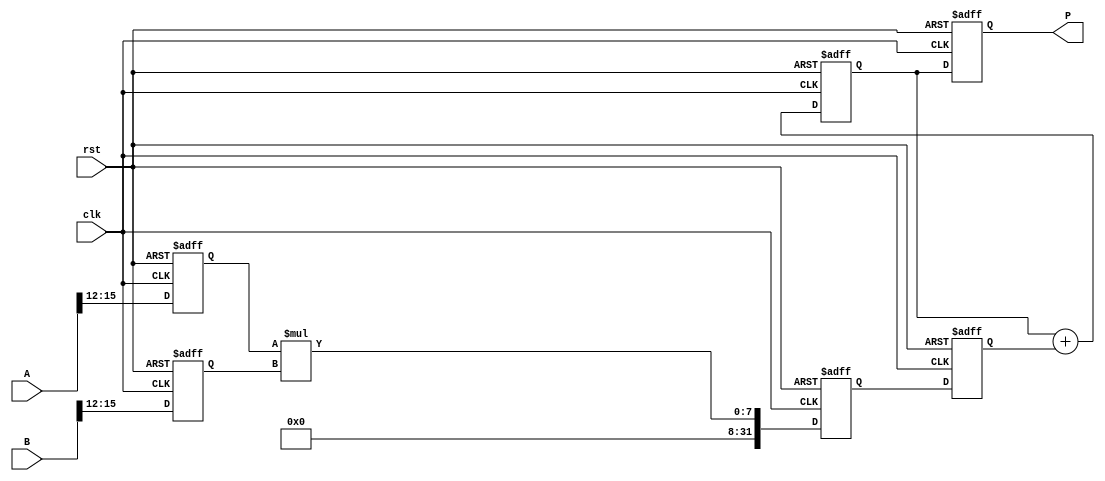
module pipelined_sliced_multiplier #(
    parameter WIDTH_A = 16, // Width of operand A
    parameter WIDTH_B = 16, // Width of operand B
    parameter SLICES = 4    // Number of slices
) (
    input clk,
    input rst,
    input [WIDTH_A-1:0] A,
    input [WIDTH_B-1:0] B,
    output reg [WIDTH_A + WIDTH_B - 1:0] P // Output product
);

    // Define the width of each slice
    localparam SLICE_WIDTH_A = WIDTH_A / SLICES;
    localparam SLICE_WIDTH_B = WIDTH_B / SLICES;

    // Intermediate registers for pipelining
    reg [SLICE_WIDTH_A-1:0] A_slice [0:SLICES-1];
    reg [SLICE_WIDTH_B-1:0] B_slice [0:SLICES-1];
    reg [WIDTH_A + WIDTH_B - 1:0] partial_products [0:SLICES-1];
    reg [WIDTH_A + WIDTH_B - 1:0] accumulated [0:SLICES-1];

    // Stage registers for pipelining
    reg [WIDTH_A + WIDTH_B - 1:0] stage1 [0:SLICES-1];
    reg [WIDTH_A + WIDTH_B - 1:0] stage2;

    integer i;

    // Input stage: Slice the operands
    always @(posedge clk or posedge rst) begin
        if (rst) begin
            for (i = 0; i < SLICES; i = i + 1) begin
                A_slice[i] <= 0;
                B_slice[i] <= 0;
                partial_products[i] <= 0;
                accumulated[i] <= 0;
                stage1[i] <= 0;
            end
            P <= 0;
            stage2 <= 0;
        end else begin
            // Slice the inputs
            for (i = 0; i < SLICES; i = i + 1) begin
                A_slice[i] <= A[(i+1)*SLICE_WIDTH_A-1 -: SLICE_WIDTH_A];
                B_slice[i] <= B[(i+1)*SLICE_WIDTH_B-1 -: SLICE_WIDTH_B];
            end

            // Stage 1: Generate partial products
            for (i = 0; i < SLICES; i = i + 1) begin
                partial_products[i] <= A_slice[i] * B_slice[i];
                stage1[i] <= partial_products[i];
            end

            // Stage 2: Accumulate partial products
            stage2 <= 0;
            for (i = 0; i < SLICES; i = i + 1) begin
                stage2 <= stage2 + stage1[i];
            end

            // Final output stage
            P <= stage2;
        end
    end

endmodule